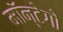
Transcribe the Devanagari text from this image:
मॉन्टेगो